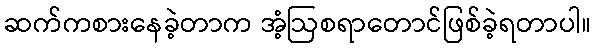
ဆက်ကစားနေခဲ့တာက အံ့ဩစရာတောင်ဖြစ်ခဲ့ရတာပါ။